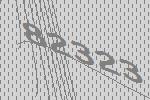
82323